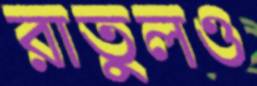
রাতুলও